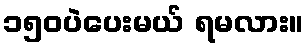
၁၅၀ပဲပေးမယ် ရမလား။